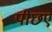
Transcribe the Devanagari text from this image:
पीछए